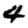
Digit: 4